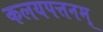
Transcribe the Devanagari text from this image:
कलयपत्तनम्